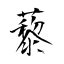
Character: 藜